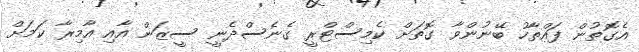
އެގޮތުން ފައްތާހު ބޭނުންވާ ގޮތަށް ކެމިސްޓްރީ ގެނެސްދެނީ ސީޒަން އާއި އާމިރާ ކަމަށް